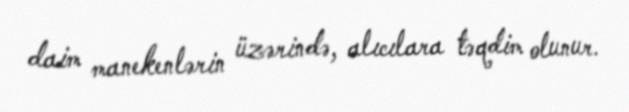
daim manekenlərin üzərində, alıcılara təqdim olunur.